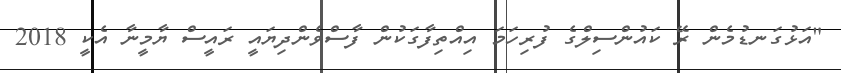
"އަޅުގަނޑުމެން ރޭ ކައުންސިލްގެ ފުރިހަމަ އިއްތިފާގަކުން ފާސްވެންދިޔައީ ރައީސް ޔާމީނާ އެކީ 2018